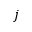
j